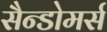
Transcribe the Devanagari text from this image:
सैन्डोमर्स